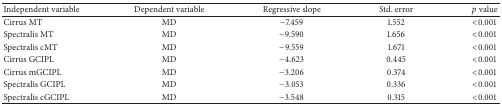
| Independent variable | Dependent variable | Regressive slope | Std. error | p value |
 | --- | --- | --- | --- | --- |
 | Cirrus MT | MD | −7.459 | 1.552 | <0.001 |
 | Spectralis MT | MD | −9.590 | 1.656 | <0.001 |
 | Spectralis cMT | MD | −9.559 | 1.671 | <0.001 |
 | Cirrus GCIPL | MD | −4.623 | 0.445 | <0.001 |
 | Cirrus mGCIPL | MD | −3.206 | 0.374 | <0.001 |
 | Spectralis GCIPL | MD | −3.053 | 0.336 | <0.001 |
 | Spectralis cGCIPL | MD | −3.548 | 0.315 | <0.001 |